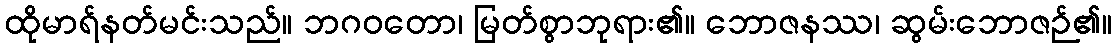
ထိုမာရ်နတ်မင်းသည်။ ဘဂဝတော၊ မြတ်စွာဘုရား၏။ ဘောဇနဿ၊ ဆွမ်းဘောဇဉ်၏။